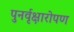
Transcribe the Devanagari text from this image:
पुनर्वृक्षारोपण